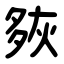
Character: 㷇